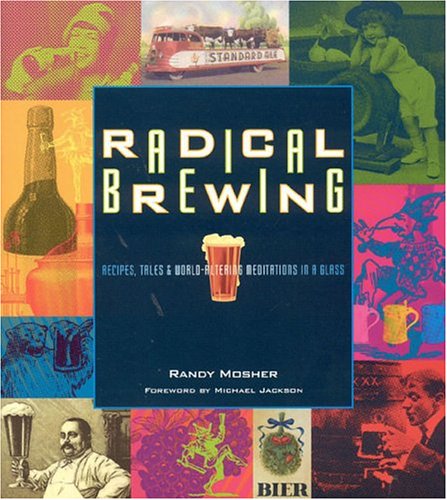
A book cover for Radical Brewing: Recipes, Tales and World-Altering Meditations in a Glass; Randy Mosher; Cookbooks, Food & Wine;